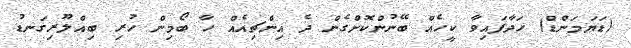
(ޑަޔަމަންޑް) ހަދާފައިވާ ކީހެއް ބޭނުންކޮށްގެން ދެ އިންޗިއެއް ހާ ބޯމިން ހުރި ބިއްލޫރިގަނޑު